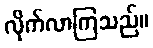
လိုက်လာကြသည်။